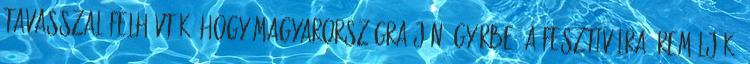
tavasszal felhívták, hogy Magyarországra jön, Győrbe, a fesztiválra. Reméljük,